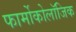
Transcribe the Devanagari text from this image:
फार्मोकोलॉजिक